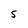
Character: 5